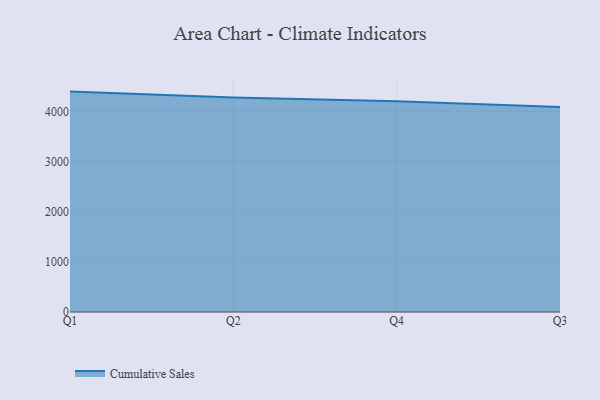
{"axis": {"x": "Quarter", "y": "Revenue (USD Million)"}, "legend": ["Cumulative Sales"], "data": [{"x": "Q1", "y": 4393.2, "type": "Cumulative Sales"}, {"x": "Q2", "y": 4275.0, "type": "Cumulative Sales"}, {"x": "Q4", "y": 4200.7, "type": "Cumulative Sales"}, {"x": "Q3", "y": 4083.8, "type": "Cumulative Sales"}]}